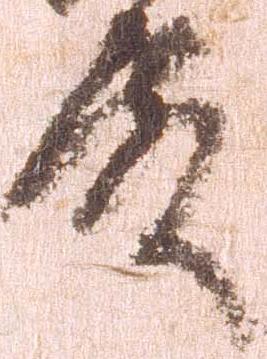
殿